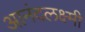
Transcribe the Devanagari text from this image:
आनंदलक्ष्मी